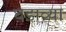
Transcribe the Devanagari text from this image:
घडाव्या